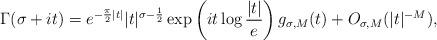
LaTeX: \begin{align*} \Gamma(\sigma + it) = e^{-\frac{\pi}{2}|t|} |t|^{\sigma-\frac{1}{2}} \exp\left(i t \log \frac{|t|}{e}\right)g_{\sigma, M}(t) + O_{\sigma, M}(|t|^{-M}),\end{align*}